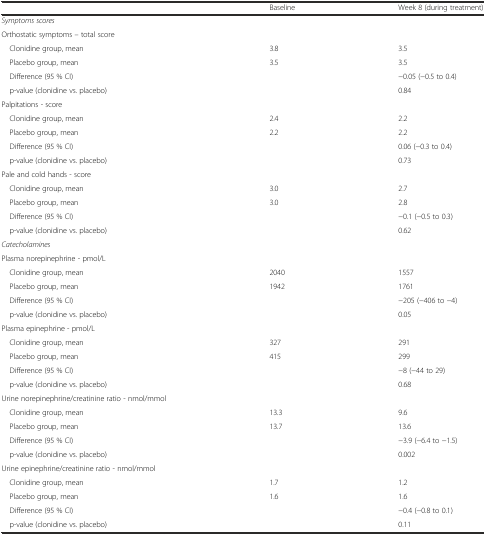
<table><thead><tr><td></td><td><b>Baseline</b></td><td><b>Week 8 (during treatment)</b></td></tr></thead><tbody><tr><td><i>Symptoms scores</i></td><td></td><td></td></tr><tr><td>Orthostatic symptoms – total score</td><td></td><td></td></tr><tr><td> Clonidine group, mean</td><td>3.8</td><td>3.5</td></tr><tr><td> Placebo group, mean</td><td>3.5</td><td>3.5</td></tr><tr><td> Difference (95 % CI)</td><td></td><td>−0.05 (−0.5 to 0.4)</td></tr><tr><td> p-value (clonidine vs. placebo)</td><td></td><td>0.84</td></tr><tr><td>Palpitations - score</td><td></td><td></td></tr><tr><td> Clonidine group, mean</td><td>2.4</td><td>2.2</td></tr><tr><td> Placebo group, mean</td><td>2.2</td><td>2.2</td></tr><tr><td> Difference (95 % CI)</td><td></td><td>0.06 (−0.3 to 0.4)</td></tr><tr><td> p-value (clonidine vs. placebo)</td><td></td><td>0.73</td></tr><tr><td>Pale and cold hands - score</td><td></td><td></td></tr><tr><td> Clonidine group, mean</td><td>3.0</td><td>2.7</td></tr><tr><td> Placebo group, mean</td><td>3.0</td><td>2.8</td></tr><tr><td> Difference (95 % CI)</td><td></td><td>−0.1 (−0.5 to 0.3)</td></tr><tr><td> p-value (clonidine vs. placebo)</td><td></td><td>0.62</td></tr><tr><td><i>Catecholamines</i></td><td></td><td></td></tr><tr><td>Plasma norepinephrine - pmol/L</td><td></td><td></td></tr><tr><td> Clonidine group, mean</td><td>2040</td><td>1557</td></tr><tr><td> Placebo group, mean</td><td>1942</td><td>1761</td></tr><tr><td> Difference (95 % CI)</td><td></td><td>−205 (−406 to −4)</td></tr><tr><td> p-value (clonidine vs. placebo)</td><td></td><td>0.05</td></tr><tr><td>Plasma epinephrine - pmol/L</td><td></td><td></td></tr><tr><td> Clonidine group, mean</td><td>327</td><td>291</td></tr><tr><td> Placebo group, mean</td><td>415</td><td>299</td></tr><tr><td> Difference (95 % CI)</td><td></td><td>−8 (−44 to 29)</td></tr><tr><td> p-value (clonidine vs. placebo)</td><td></td><td>0.68</td></tr><tr><td>Urine norepinephrine/creatinine ratio - nmol/mmol</td><td></td><td></td></tr><tr><td> Clonidine group, mean</td><td>13.3</td><td>9.6</td></tr><tr><td> Placebo group, mean</td><td>13.7</td><td>13.6</td></tr><tr><td> Difference (95 % CI)</td><td></td><td>−3.9 (−6.4 to −1.5)</td></tr><tr><td> p-value (clonidine vs. placebo)</td><td></td><td>0.002</td></tr><tr><td>Urine epinephrine/creatinine ratio - nmol/mmol</td><td></td><td></td></tr><tr><td> Clonidine group, mean</td><td>1.7</td><td>1.2</td></tr><tr><td> Placebo group, mean</td><td>1.6</td><td>1.6</td></tr><tr><td> Difference (95 % CI)</td><td></td><td>−0.4 (−0.8 to 0.1)</td></tr><tr><td> p-value (clonidine vs. placebo)</td><td></td><td>0.11</td></tr></tbody></table>